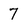
Character: 7